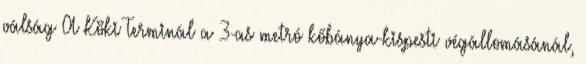
válság A Köki Terminál a 3-as metró kőbánya-kispesti végállomásánál,